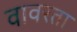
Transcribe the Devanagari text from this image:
वावरता